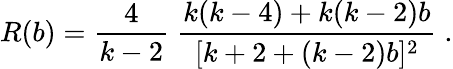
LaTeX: R(b)=\frac{4}{k-2}\; \frac{k(k-4)+k(k-2)b}{[k+2+(k-2)b]^{2}}\; .